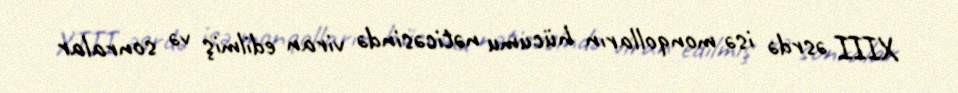
XIII əsrdə isə monqolların hücumu nəticəsində viran edilmiş və sonralar